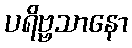
ပရိဗ္ဗသာနော